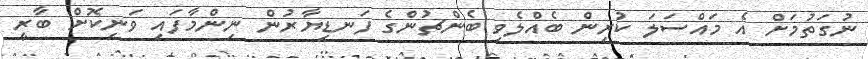
ނުގަތުމަށް އެ މައްސަލަ ކުރިން ބެއްލެވި ބެންޗުންގެ ފަނޑިޔާރުން ނިންމާފައި ވަނިކޮށް ބާރީ